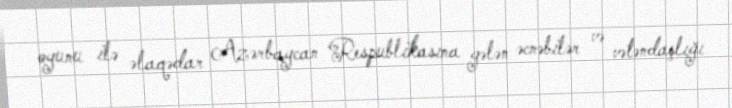
oyunu ilə əlaqədar Azərbaycan Respublikasına gələn əcnəbilər və vətəndaşlığı